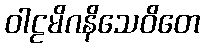
ဝါဠမိဂနိသေဝိတေ